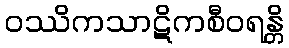
ဝဿိကသာဋိကစီဝရန္တိ